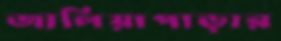
জালিয়াপাড়ার